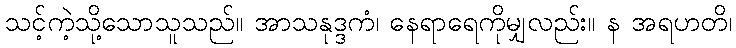
သင့်ကဲ့သို့သောသူသည်။ အာသနုဒ္ဒကံ၊ နေရာရေကိုမျှလည်း။ န အရဟတိ၊